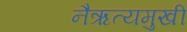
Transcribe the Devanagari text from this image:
नैऋत्यमुखी